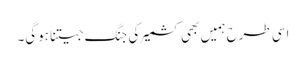
اسی طرح ہمیں بھی کشمیر کی جنگ جیتنا ہوگی۔